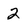
Character: 2